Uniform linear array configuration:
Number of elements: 4
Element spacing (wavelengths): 0.5
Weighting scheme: hamming
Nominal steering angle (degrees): -30
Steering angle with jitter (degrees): -28.473
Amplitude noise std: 0.05
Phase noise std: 0.05

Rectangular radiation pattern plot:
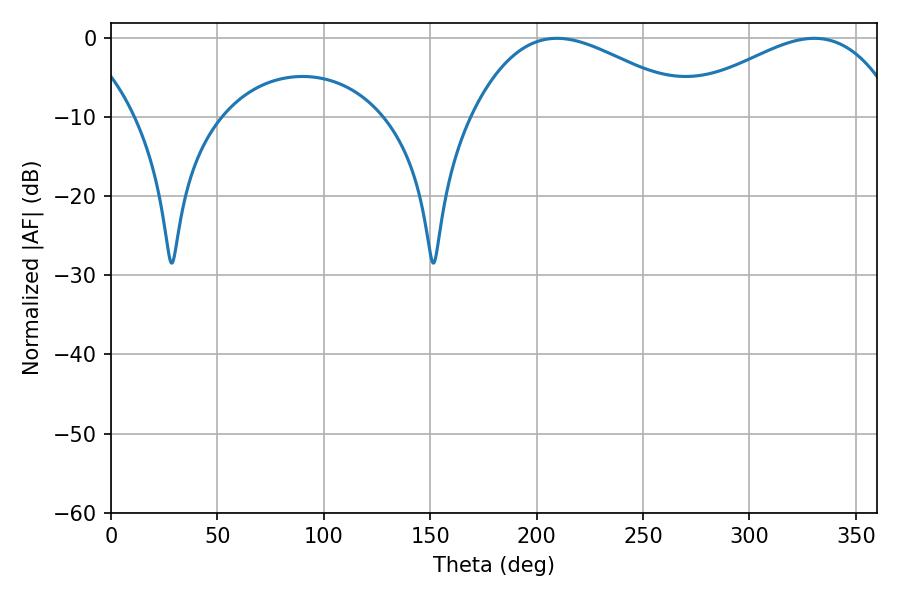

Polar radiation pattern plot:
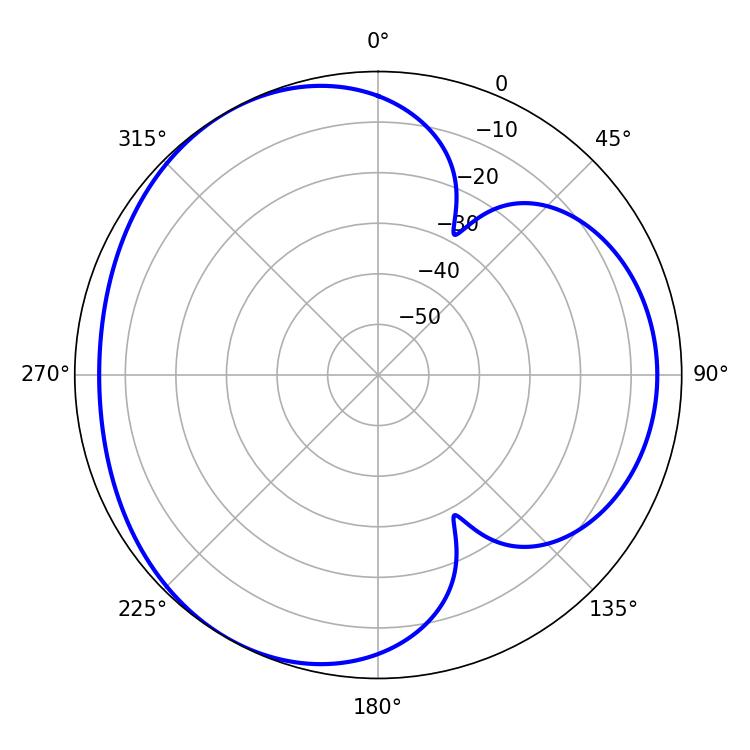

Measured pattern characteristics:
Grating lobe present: FALSE
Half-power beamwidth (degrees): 57.24
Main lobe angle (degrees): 209.52